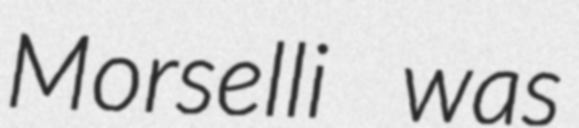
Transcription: Morselli was